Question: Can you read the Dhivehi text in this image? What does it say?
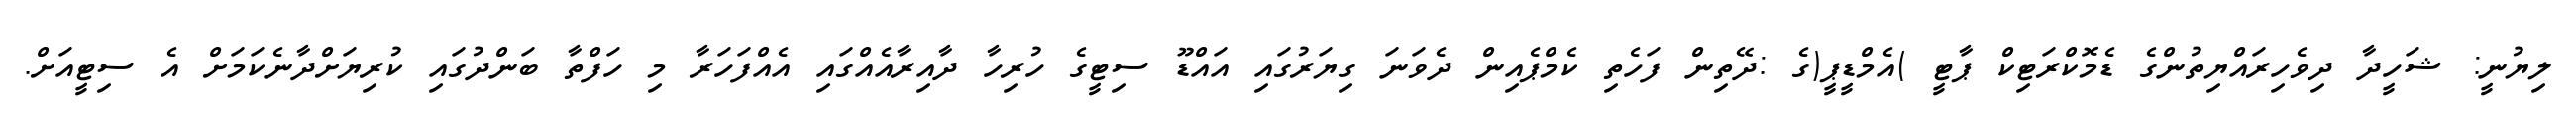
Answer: ލިޔުނީ: ޝަހީދާ ދިވެހިރައްޔިތުންގެ ޑެމޮކްރަޓިކް ޕާޓީ )އެމްޑީޕީ(ގެ :ދޭތިން ފަހެތި ކެމްޕެއިން ދެވަނަ ގިޔަރުގައި އައްޑޫ ސިޓީގެ ހުރިހާ ދާއިރާއެއްގައި އެއްފަހަރާ މި ހަފްތާ ބަންދުގައި ކުރިޔަށްދާނެކަމަށް އެ ސިޓީއަށް.